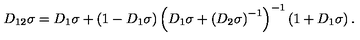
D _ { 1 2 } \sigma = D _ { 1 } \sigma + \left( 1 - D _ { 1 } \sigma \right) \left( D _ { 1 } \sigma + \left( D _ { 2 } \sigma \right) ^ { - 1 } \right) ^ { - 1 } \left( 1 + D _ { 1 } \sigma \right) .